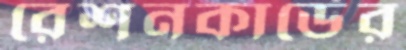
রেশনকার্ডের